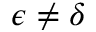
\epsilon \neq \delta